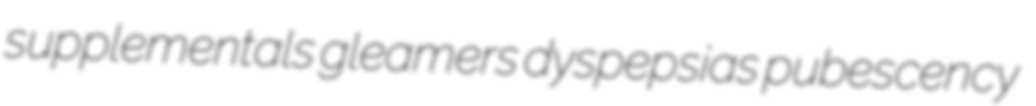
supplementals gleamers dyspepsias pubescency